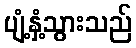
ပျံ့နှံ့သွားသည်